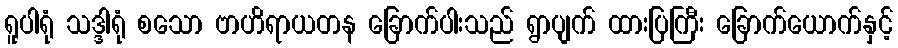
ရူပါရုံ သဒ္ဒါရုံ စသော ဗာဟိရာယတန ခြောက်ပါးသည် ရွာပျက် ထားပြကြီး ခြောက်ယောက်နှင့်